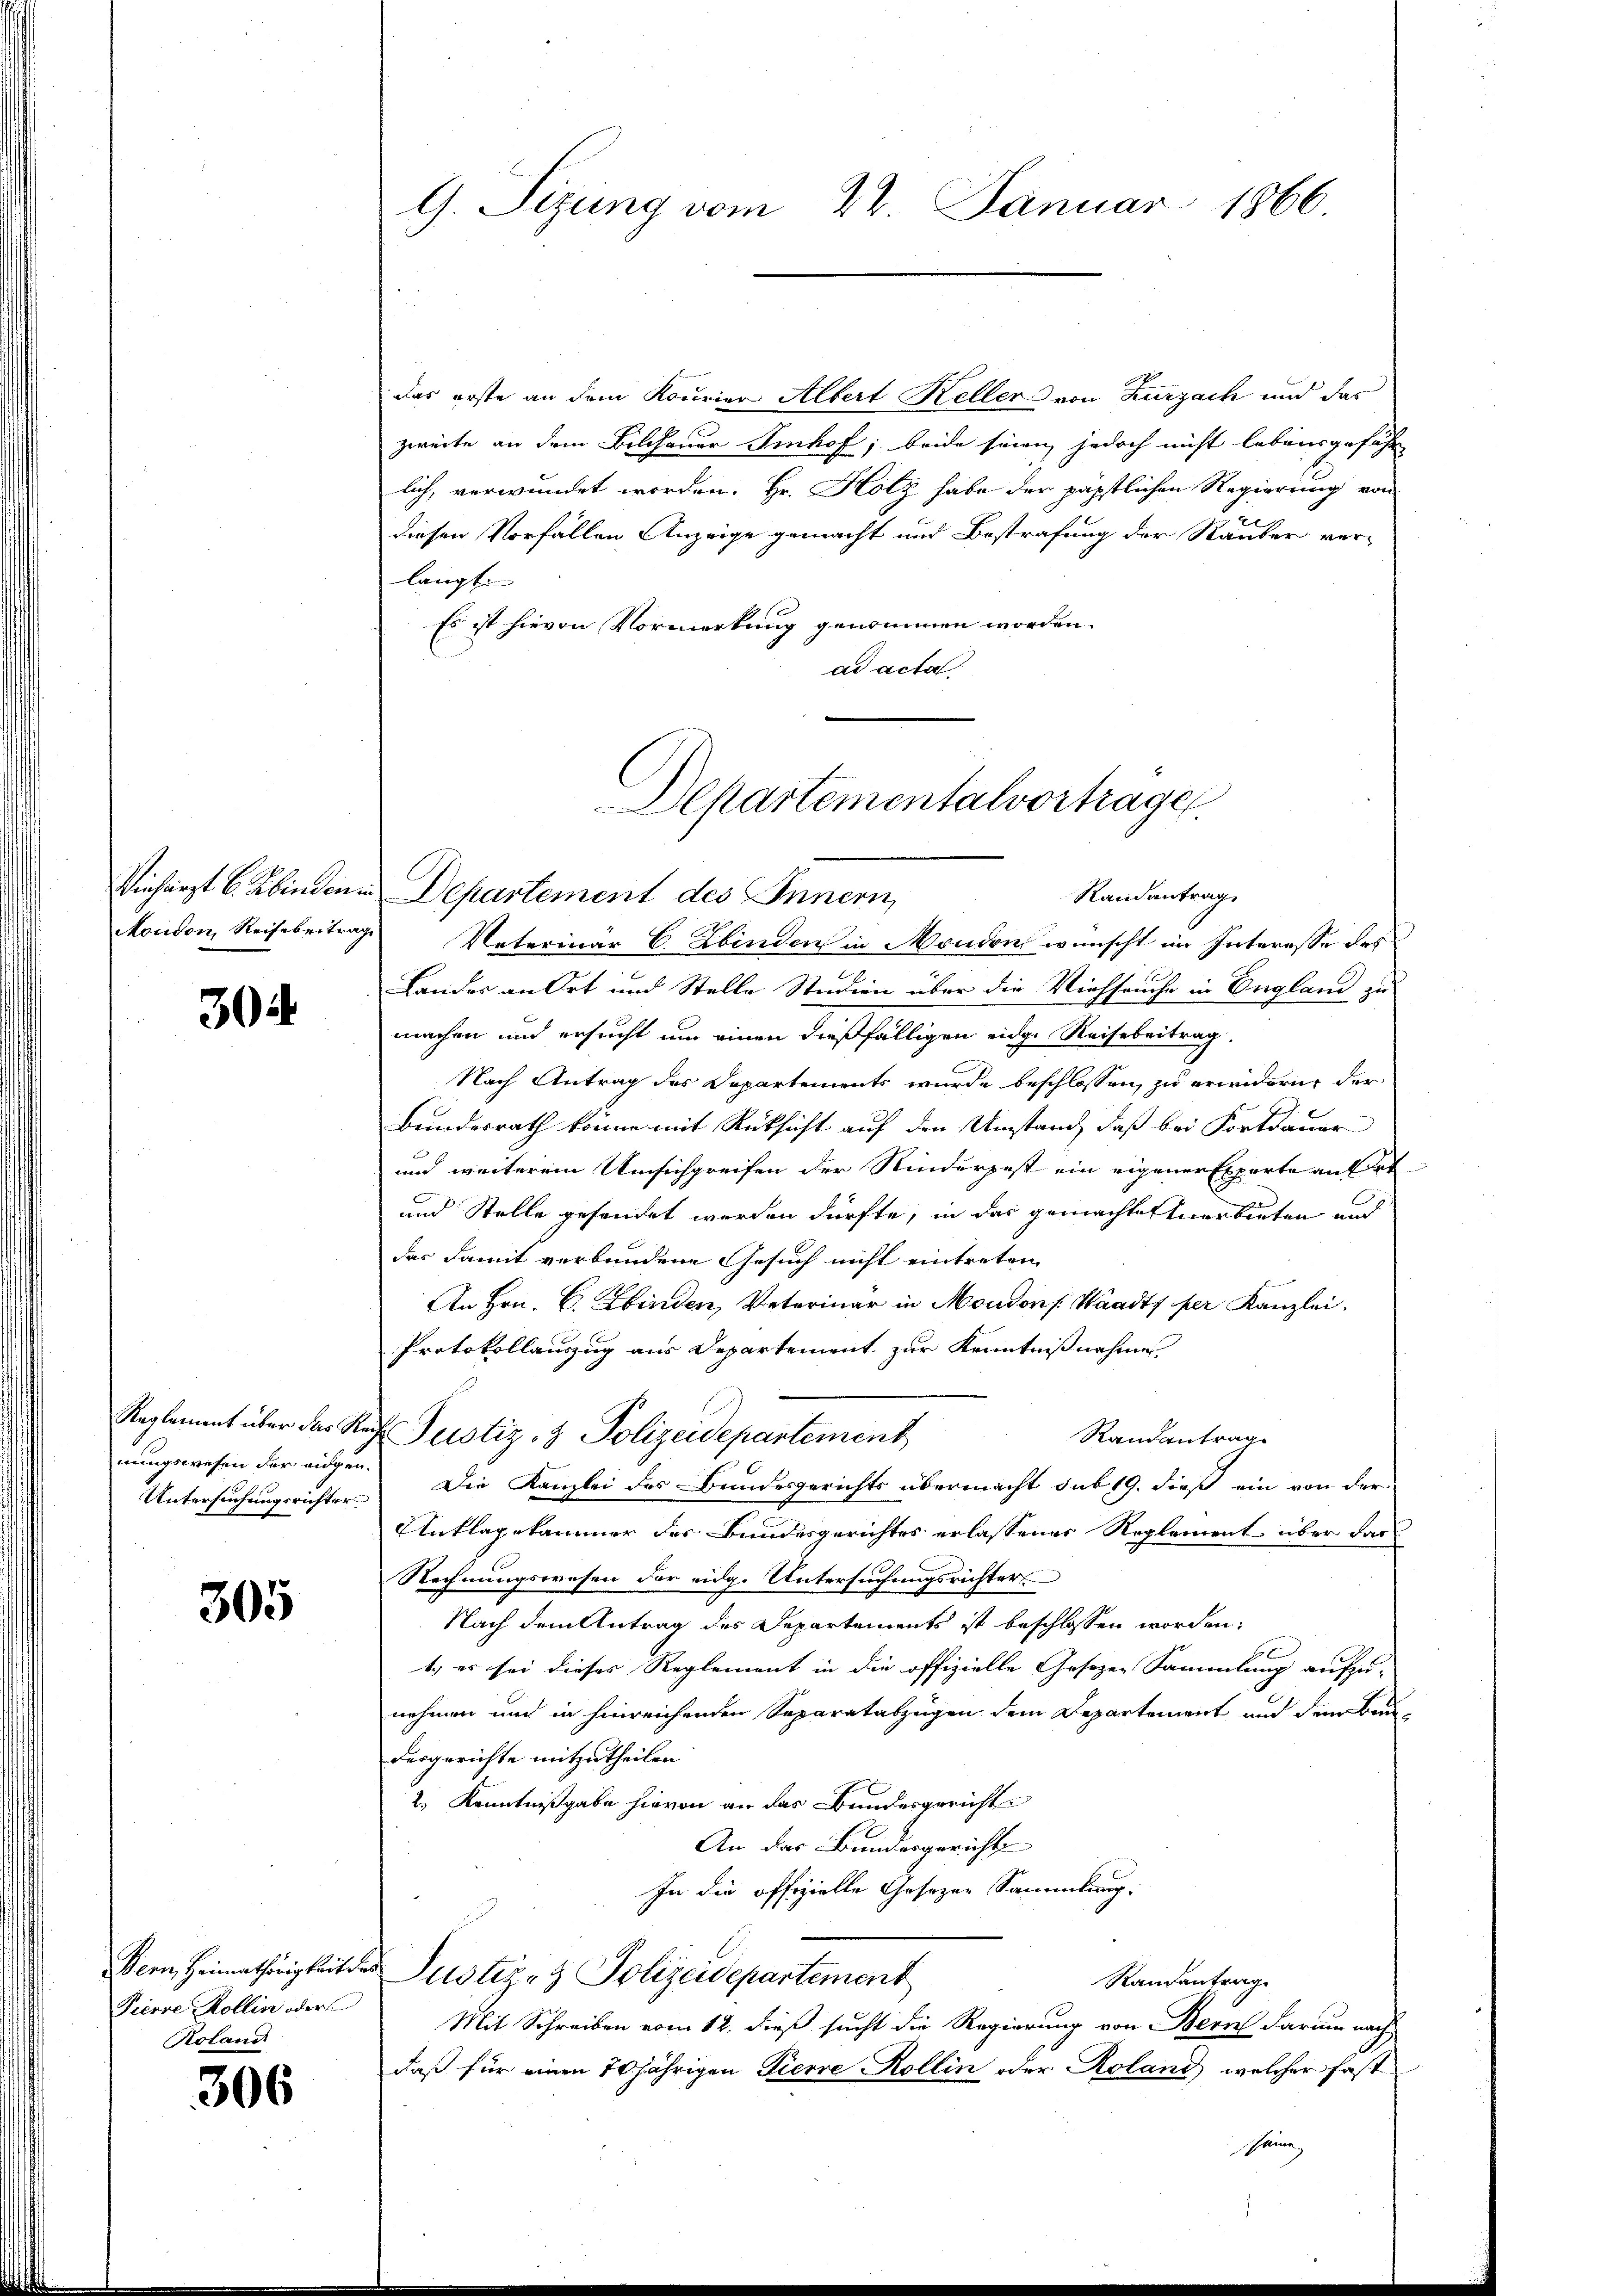
Vecharzt u. Kinden.
Mocidon, Reisebeitrag

30

Reglement über das R
nungswesen der eidgen.
Untersuchungsrichter

305

Bern, Heimathörigkeit der
Pierre Kollin oder
Roland

306

das erste an dem Kourier Albert Keller von Kurzach und das
zweite an dem Bildhauer Imhof, beide seien, jedoch nicht lebensgefähr
lich, verwundet worden. Hr. Hotz habe der päpstlichen Regierung von
diesen Vorfällen Anzeige gemacht und Bestrafung der Rauber ver-
langt.
Es ist hievon Vormerkung genommen worden.
ad acta

G. Sizung vom 22. Januar 1866

Departementalvortrage

Justiz- & Polizeidepartement

Randantrag
Departement des Innern,
Vaterinar C. Zbinden in Moudon wünscht im Interesse des
Landes an Ort und Stelle Studien über die Viehseuche in England zu
machen und ersucht um einen dießfälligen eidge Reisebeitrag,
Nach Antrag des Departements wurde beschlossen zu erwidern, der
Bundesrath könne mit Rücksicht auf den Umstand, daß bei Fortdauer
und weiterem Umsichgreifen der Kinderpest ein eigener Experte anfert
und Stelle gesendet werden dürfte, in der gemachten Anerbieten and
das damit verbundene Gesuch nicht eintreten
An Hrn. C. Hinden, Veterinar in Moudons Waadt per Kanzlei.
Protokollauszug aus Departement zur Kenntnißnahme
Randantrag
Die Kanzlei des Bundesgerichts übermacht sub 19. dieß ein von der
Antlagekammer des Bundesgerichtes erlassener Reglement über das
Rechnungswesen der eidg. Untersuchungsrichter
Nach dem Antrag des Departements ist beschlossen worden,
1.) es sei dieses Reglement in die offizielle Gesezen Sammlung aufzu-
nehmen und in hinreichenden Separatabzügen dem Departement und dem Bau
desgerichte mitzutheilen
2.) Kenntnißgabe hievon an das Bundesgericht
An das Bundesgerichte
In die offizielle Gesezen Sammlung:
Justiz- & Polizeidepartement
Randantrag
Mit Schreiben vom 12. dieß sucht die Regierung von Bern darum nach
daß für einen 70jährigen Pierre Kollin oder Roland, welcher fast
Saine,